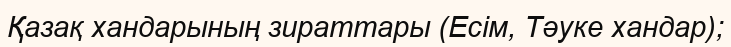
Қазақ хандарының зираттары (Есім, Тәуке хандар);